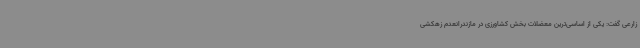
زارعی گفت: یکی از اساسی‌ترین معضلات بخش کشاورزی در مازندرانعدم زهکشی